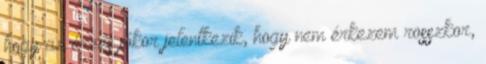
hogy az érzés jókor jelentkezik, hogy nem érkezem rosszkor,